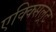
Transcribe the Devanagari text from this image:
एक्क्सिल्रेट